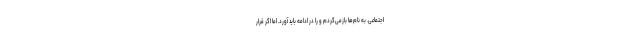
اجتماعی. به نام‌ها بازمی‌گردم و را در ادامه باید آورد. اما اگر قرار